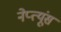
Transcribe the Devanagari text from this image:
नेप्त्यूंस